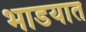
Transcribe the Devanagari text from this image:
भाडयात